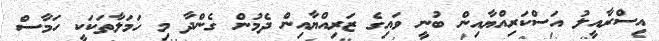
އިސްރާއީލު އަސްކަރިއްޔާއިން ބުނީ ވައިގެ ޒަރިއްޔާއިން ދެމުން ގެންދާ މި ހަމަލާތަކަކީ ހަމާސް